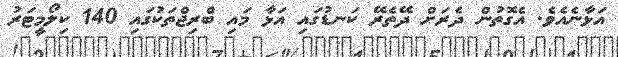
އަޅާނެއެވެ. އެގޮތުން ދެރަށް ދޭތެރޭ ކަނޑުގައި އަޅާ މައި ބްރިޖްތަކުގައި 140 ކިލޯމީޓަރު